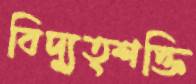
বিদ্যুত্শক্তি